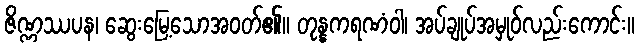
ဇိဏ္ဏဿပန၊ ဆွေးမြေ့သောအဝတ်၏။ တုန္နကရဏံဝါ၊ အပ်ချုပ်အမှုဝ်လည်းကောင်း။